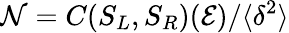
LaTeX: \mathcal{N}=C(S_{L},S_{R})(\mathcal{{E}})/\langle\delta^{2}\rangle